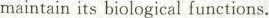
maintain its biological functions.